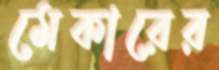
মেকারের